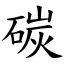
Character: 碳